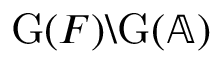
\mathrm { G } ( F ) \backslash \mathrm { G } ( \mathbb { A } )